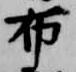
布